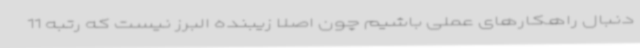
دنبال راهکارهای عملی باشیم چون اصلا زیبنده البرز نیست که رتبه 11